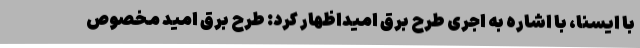
با ایسنا، با اشاره به اجری طرح برق امیداظهار کرد: طرح برق امید مخصوص